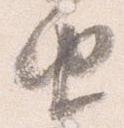
由